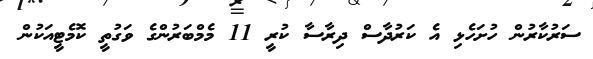
ސަރުކާރުން ހުށަހެޅި އެ ކަރުދާސް ދިރާސާ ކުރީ 11 މެމްބަރުންގެ ވަގުތީ ކޮމެޓީއަކުން